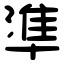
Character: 準